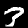
Label: 3